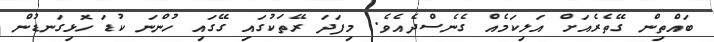
ބައްތިން ގޭތެރެއަށް އަލިކަމެއް ގެނެސްދެއެވެ. މިފަދަ ރޭތަކުގަައި ގޭގައި ހުންނަ ކުޑަ ހޮޅިގަނޑުން